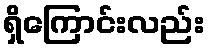
ရှိကြောင်းလည်း